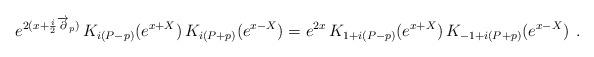
LaTeX: \begin{align*}e^{2(x+{\frac{i}{2}}\overrightarrow{\partial }_{p})}\,K_{i\left(P-p\right)}(e^{x+X})\,K_{i\left( P+p\right) }(e^{x-X})=e^{2x}\,K_{1+i\left(P-p\right)}(e^{x+X})\,K_{-1+i\left( P+p\right) }(e^{x-X})\,\;. \end{align*}